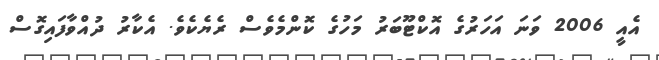
އެއީ 2006 ވަނަ އަހަރުގެ އޮކްޓޫބަރު މަހުގެ ކޮންމެވެސް ރެޔެކެވެ. އެކާރު ދުއްވާފައިގޮސް